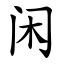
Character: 闲